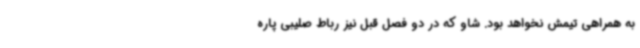
به همراهی تیمش نخواهد بود. شاو که در دو فصل قبل نیز رباط صلیبی پاره